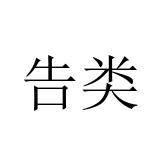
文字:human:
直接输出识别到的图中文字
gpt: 告类